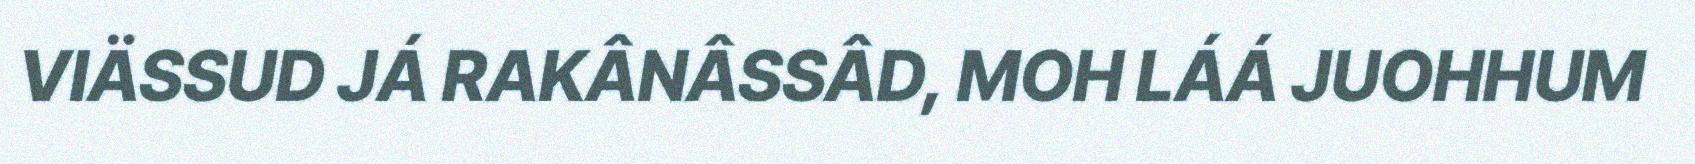
VIÄSSUD JÁ RAKÂNÂSSÂD, MOH LÁÁ JUOHHUM